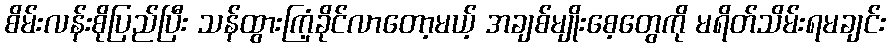
စိမ်းလန်းစိုပြည်ပြီး သန်ထွားကြံ့ခိုင်လာတော့မယ့် အချစ်မျိုးစေ့တွေကို မရိတ်သိမ်းရမချင်း